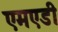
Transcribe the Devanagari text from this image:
एमएडी